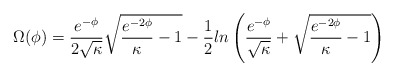
\begin{align*}\Omega(\phi) = \frac{e^{-\phi}}{2 \sqrt{\kappa}} \sqrt{\frac{e^{-2\phi}}{\kappa} - 1 } - \frac{1}{2} ln \left(\frac{e^{-\phi}}{ \sqrt{\kappa}} + \sqrt{\frac{e^{-2\phi}}{\kappa} - 1 } \right)\end{align*}